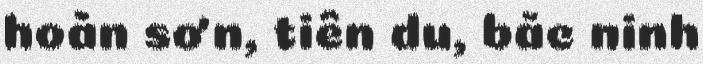
hoàn sơn, tiên du, bắc ninh